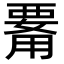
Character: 𤰊